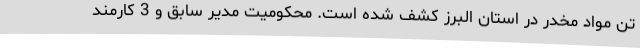
تن مواد مخدر در استان البرز کشف شده است. محکومیت مدیر سابق و 3 کارمند